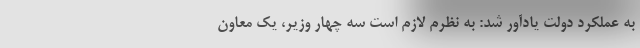
به عملکرد دولت یادآور شد: به نظرم لازم است سه چهار وزیر، یک معاون